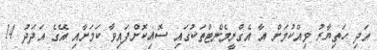
އަދި ހަތިޔާރު ވިއްކުމަށް އާ އެގްރީމެންޓްތަކުގައި ސޮއިކޮށްފައިވާ ކަމަށާއި އޭގެ އަދަދު 14